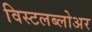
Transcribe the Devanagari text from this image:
विस्टलब्लोअर